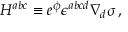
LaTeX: H ^ { a b c } \equiv e ^ { \phi } \epsilon ^ { a b c d } \nabla _ { d } \sigma \, ,